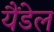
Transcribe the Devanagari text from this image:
यैंडेल